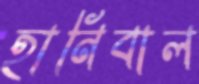
হানিবাল